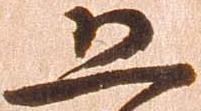
恐